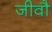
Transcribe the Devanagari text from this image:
जीवौ